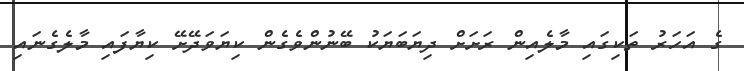
ގެ އަހަރު ތަކިގައި މާލެއިން ރަށަށް ދިޔަބަޔަކު ބޭނުންވެގެން ކިޔަވަދޭށޭ ކިޔާފައި މާލެގެނައި